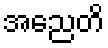
အညေတိ